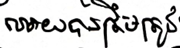
អោយបានត្រឹមត្រូវ